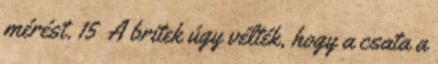
mérést. 15 A britek úgy vélték, hogy a csata a